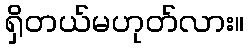
ရှိတယ်မဟုတ်လား။